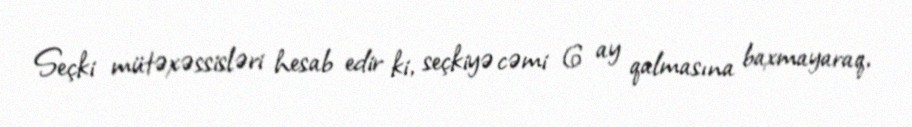
Seçki mütəxəssisləri hesab edir ki, seçkiyə cəmi 6 ay qalmasına baxmayaraq,